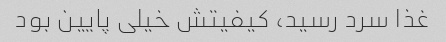
غذا سرد رسید، کیفیتش خیلی پایین بود